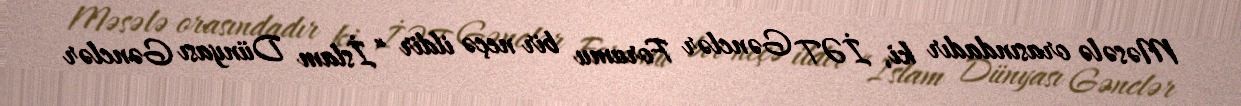
Məsələ orasındadır ki, İƏT Gənclər Forumu bir neçə ildir “İslam Dünyası Gənclər